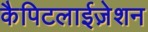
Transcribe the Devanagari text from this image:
कैपिटलाईज़ेशन